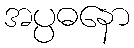
အပ္ပဓနော